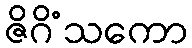
ဇိဂိံသကော